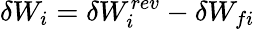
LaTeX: \delta W_{i}=\delta W_{i}^{rev}-\delta W_{fi}